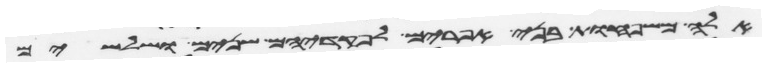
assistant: אלה משפחות בני אפרים לפקדיהם שנים ושלשים